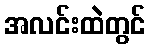
အလင်းထဲတွင်